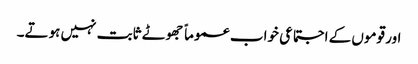
اور قوموں کے اجتماعی خواب عموماً جھوٹے ثابت نہیں ہوتے۔